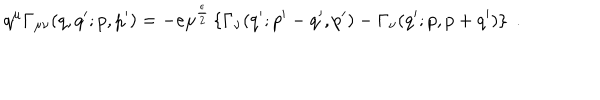
LaTeX: q ^ { \mu } \Gamma _ { \mu \nu } ( q , q ^ { \prime } ; p , p ^ { \prime } ) = - e \mu ^ { \frac { \epsilon } { 2 } } \left\{ \Gamma _ { \nu } ( q ^ { \prime } ; p ^ { \prime } - q ^ { \prime } , p ^ { \prime } ) - \Gamma _ { \nu } ( q ^ { \prime } ; p , p + q ^ { \prime } ) \right\} \; .